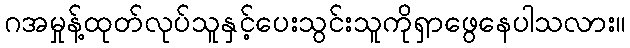
ဂအမှုန့်ထုတ်လုပ်သူနှင့်ပေးသွင်းသူကိုရှာဖွေနေပါသလား။